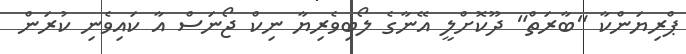
ޕްރިޔަންކާ "ބާރަތް" ދޫކޮށްލީ އޭނާގެ ލޯބިވެރިޔާ ނިކް ޖޯނަސް އާ ކައިވެނި ކުރަން